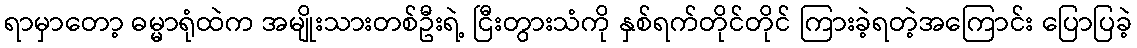
ရာမှာတော့ ဓမ္မာရုံထဲက အမျိုးသားတစ်ဦးရဲ့ ငြီးတွားသံကို နှစ်ရက်တိုင်တိုင် ကြားခဲ့ရတဲ့အကြောင်း ပြောပြခဲ့